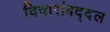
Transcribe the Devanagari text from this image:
विचारांबद्दल